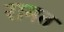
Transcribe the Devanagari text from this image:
रामत